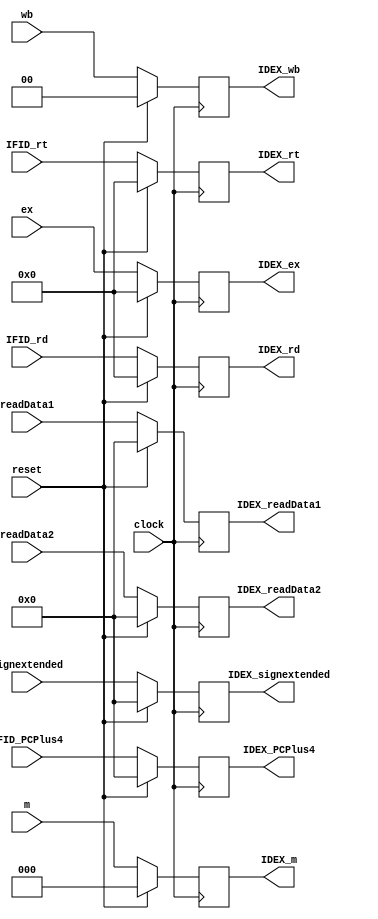
`timescale 1ns / 1ps
//////////////////////////////////////////////////////////////////////////////////
// Company: 
// Engineer: 
// 
// Design Name: 
// Module Name: IDEX
// Project Name: 
// Target Devices: 
// Tool Versions: 
// Description: 
// 
// Dependencies: 
// 
// Revision:
// Revision 0.01 - File Created
// Additional Comments:
// 
//////////////////////////////////////////////////////////////////////////////////


module IDEX(
    input clock,
    input reset,
    input [31:0] IFID_PCPlus4,
    input [31:0] readData1,
    input [31:0] readData2,
    input [31:0] signextended,
    input [4:0] IFID_rt,
    input [4:0] IFID_rd,
    input [1:0] wb,//RegWrite
    input [2:0] m,// Branch,memRead,memWrite
    input [4:0] ex,// D4:ALUSrc D3-D1:ALUOp D0:RegDst
    output reg [31:0] IDEX_PCPlus4,
    output reg [31:0] IDEX_readData1,
    output reg [31:0] IDEX_readData2,
    output reg [31:0] IDEX_signextended,
    output reg [4:0] IDEX_rt,
    output reg [4:0] IDEX_rd,
    output reg [1:0] IDEX_wb,
    output reg [2:0] IDEX_m,
    output reg [4:0] IDEX_ex
    );
    always @ (posedge clock)
    if(!reset)
        begin
        IDEX_PCPlus4=IFID_PCPlus4;
        IDEX_readData1=readData1;
        IDEX_readData2=readData2;
        IDEX_signextended=signextended;
        IDEX_rt=IFID_rt;
        IDEX_rd=IFID_rd;
        IDEX_m=m;
        IDEX_wb=wb;
        IDEX_ex=ex;
        end
    else
        begin
        IDEX_PCPlus4=0;
        IDEX_readData1=0;
        IDEX_readData2=0;
        IDEX_signextended=0;
        IDEX_rt=0;
        IDEX_rd=0;
        IDEX_m=0;
        IDEX_wb=0;
        IDEX_ex=0;
        end
endmodule